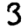
Digit: 3